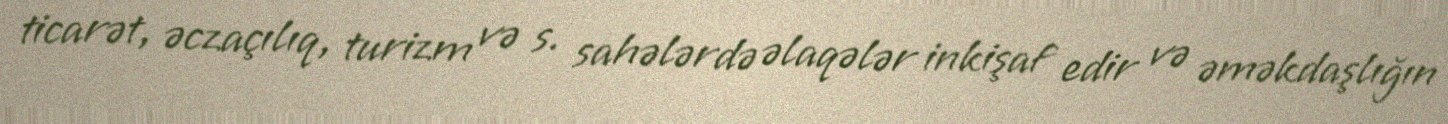
ticarət, əczaçılıq, turizm və s. sahələrdə əlaqələr inkişaf edir və əməkdaşlığın